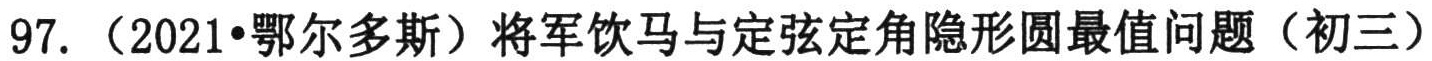
97.（2021•鄂尔多斯）将军饮马与定弦定角隐形圆最值问题（初三）